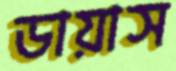
ডায়াস